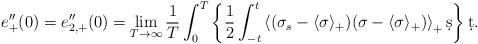
LaTeX: \begin{align*}e_{+}^{\prime\prime}(0)=e_{2,+}^{\prime\prime}(0)=\lim_{T\rightarrow\infty}\frac{1}{T}\int_0^T\left\{\frac12\int_{-t}^t\left<(\sigma_s-\langle\sigma\rangle_+)(\sigma-\langle\sigma\rangle_+)\right>_+\d s\right\}\d t.\end{align*}